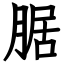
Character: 腒